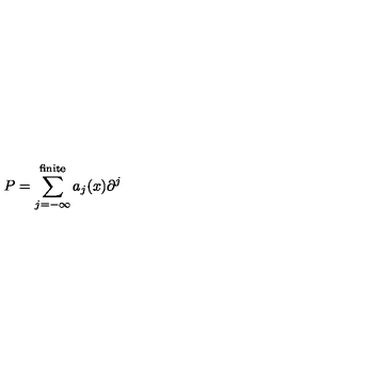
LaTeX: P = \sum _ { j = - \infty } ^ { \mathrm { f i n i t e } } a _ { j } ( x ) \partial ^ { j }